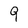
Character: 9